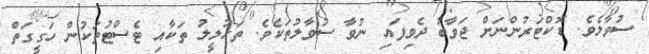
ސުވާލެވެ. ޑޮކްޓަރުންނަށް ޖަވާބު ދެވިފައި ނުވާ ސުވާލުތަކެވެ. ތަހުލީލު ތަކާއި ޓެސްޓުތަކުން ހަގީގަތް